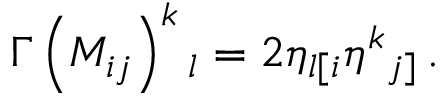
\Gamma \left( M _ { i j } \right) ^ { k } { } _ { l } = 2 \eta _ { l [ i } \eta ^ { k } { } _ { j ] } \, .